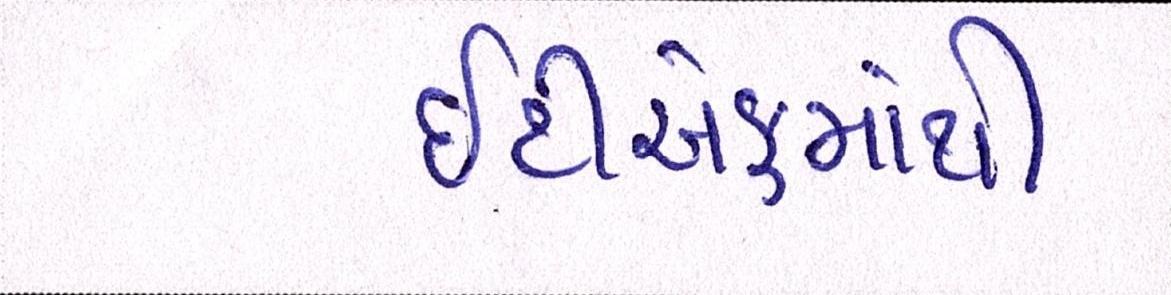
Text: ઇટીએફમાંથી